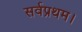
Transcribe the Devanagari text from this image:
सर्वप्रथम।